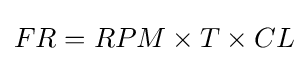
FR={RPM\times T\times CL}